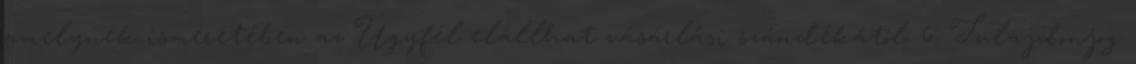
amelynek ismeretében az Ügyfél elállhat vásárlási szándékától. 6. Tulajdonjog